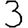
Digit: 3